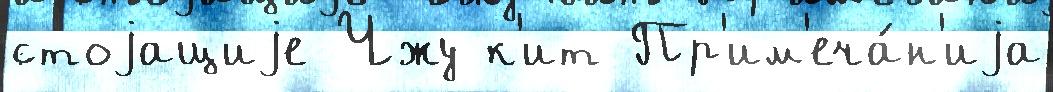
стоjащиjе Чжу к'ит Пр'им'еча́н'иjа